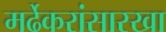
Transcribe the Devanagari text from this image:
मर्ढेकरांसारखा